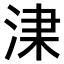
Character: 𣵏